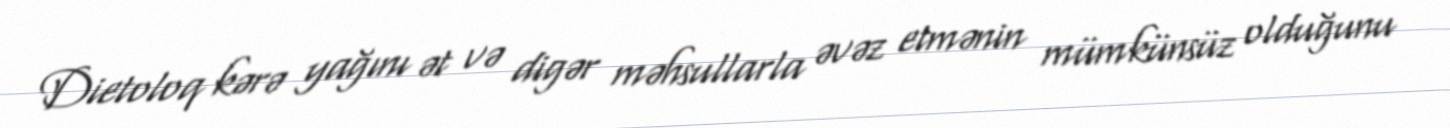
Dietoloq kərə yağını ət və digər məhsullarla əvəz etmənin mümkünsüz olduğunu